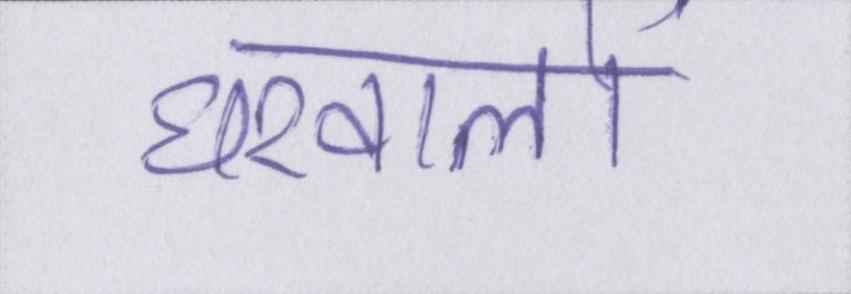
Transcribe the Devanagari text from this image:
घरवालों